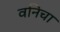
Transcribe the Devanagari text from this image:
वनिचा